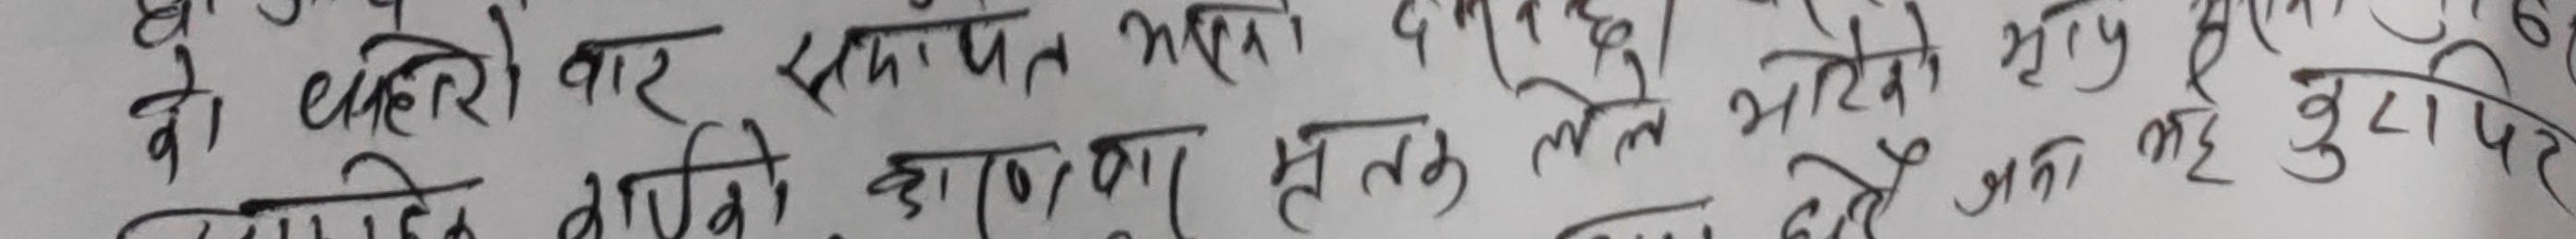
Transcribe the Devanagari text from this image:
को दरेरी बार स्थापित भल्यो दरा हुवा दे रहा हो भाईये बुरा
परमा दिन बिजि कारण से तक लेले भटको नहीं बुरा फिर